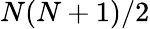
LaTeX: N(N+1)/2